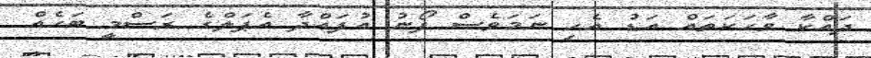
ދައްކާ ވާހަކަތައް އަޑު އެހި ނަމަވެސް ފޯނު އުފައްދާ އެޕަލްގެ ރަސްމީ ބަހެއް